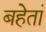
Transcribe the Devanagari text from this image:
बहेतां